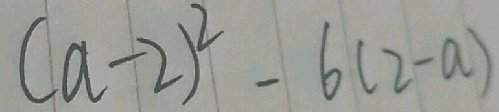
( a - 2 ) ^ { 2 } - 6 ( 2 - a )